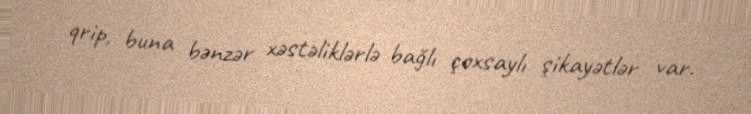
qrip, buna bənzər xəstəliklərlə bağlı çoxsaylı şikayətlər var.